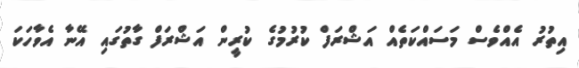
އިތުރު އެއްވެސް މަސައްކަތެއް އަޝްރަފް ކުރުމުގެ ކުރީން އަޝްރަފް ގާތުގައި އޭނާ އެވާހަކަ